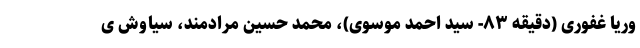
وریا غفوری (دقیقه ۸۳- سید احمد موسوی)، محمد حسین مرادمند، سیاوش ی